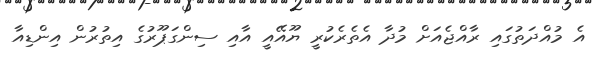
އެ މުއްދަތުގައި ރާއްޖެއަށް މުދާ އެތެރެކުރީ ޔޫއޭއީ އާއި ސިންގަޕޫރުގެ އިތުރުން އިންޑިއާ